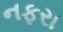
નફરા